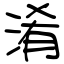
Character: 淆